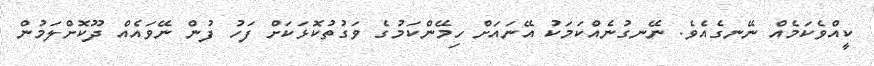
ކީއްވެކަމެއް ނޭނގެއެވެ. ނޭނގުނެއްކަމަކު އޭނައަށް ހިމޭންކަމުގެ ވަގުތުކޮޅަކަށް ފަހު ފުން ނޭވައެއް ދޫކޮށްލަމުން